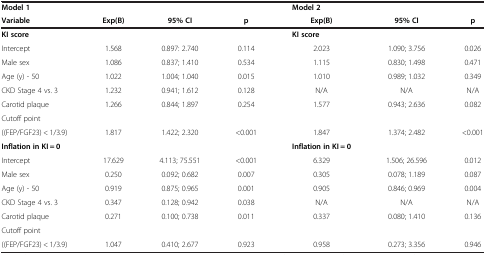
| Model 1 |  |  |  | Model 2 |  |  |
 | Variable | Exp(B) | 95% CI | p | Exp(B) | 95% CI | p |
 | --- | --- | --- | --- | --- | --- | --- |
 | KI score |  |  |  | KI score |  |  |
 | Intercept | 1.568 | 0.897: 2.740 | 0.114 | 2.023 | 1.090; 3.756 | 0.026 |
 | Male sex | 1.086 | 0.837; 1.410 | 0.534 | 1.115 | 0.830; 1.498 | 0.471 |
 | Age (y) - 50 | 1.022 | 1.004; 1.040 | 0.015 | 1.010 | 0.989; 1.032 | 0.349 |
 | CKD Stage 4 vs. 3 | 1.232 | 0.941; 1.612 | 0.128 | N/A | N/A | N/A |
 | Carotid plaque | 1.266 | 0.844; 1.897 | 0.254 | 1.577 | 0.943; 2.636 | 0.082 |
 | Cutoff point |  |  |  |  |  |  |
 | ((FEP/FGF23) < 1/3.9) | 1.817 | 1.422; 2.320 | <0.001 | 1.847 | 1.374; 2.482 | <0.001 |
 | Inflation in KI = 0 |  |  |  | Inflation in KI = 0 |  |  |
 | Intercept | 17.629 | 4.113; 75.551 | <0.001 | 6.329 | 1.506; 26.596 | 0.012 |
 | Male sex | 0.250 | 0.092; 0.682 | 0.007 | 0.305 | 0.078; 1.189 | 0.087 |
 | Age (y) - 50 | 0.919 | 0.875; 0.965 | 0.001 | 0.905 | 0.846; 0.969 | 0.004 |
 | CKD Stage 4 vs. 3 | 0.347 | 0.128; 0.942 | 0.038 | N/A | N/A | N/A |
 | Carotid plaque | 0.271 | 0.100; 0.738 | 0.011 | 0.337 | 0.080; 1.410 | 0.136 |
 | Cutoff point |  |  |  |  |  |  |
 | ((FEP/FGF23) < 1/3.9) | 1.047 | 0.410; 2.677 | 0.923 | 0.958 | 0.273; 3.356 | 0.946 |